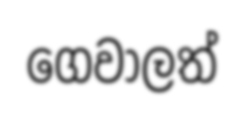
ගෙවාලත්